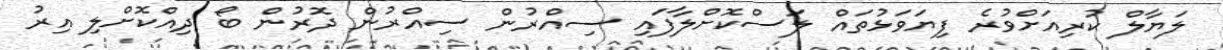
ލަޔާލް ކުރިއަށްވުރެ ފިޔަވަޅުތައް ލަސްކޮށްލާފައި ސިއްރުން ސިއްރުން ދޮރުން ބޯ ދިއްކޮށްލި އިރު